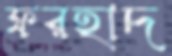
ফরহাদ